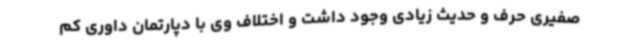
صفیری حرف و حدیث زیادی وجود داشت و اختلاف وی با دپارتمان داوری کم